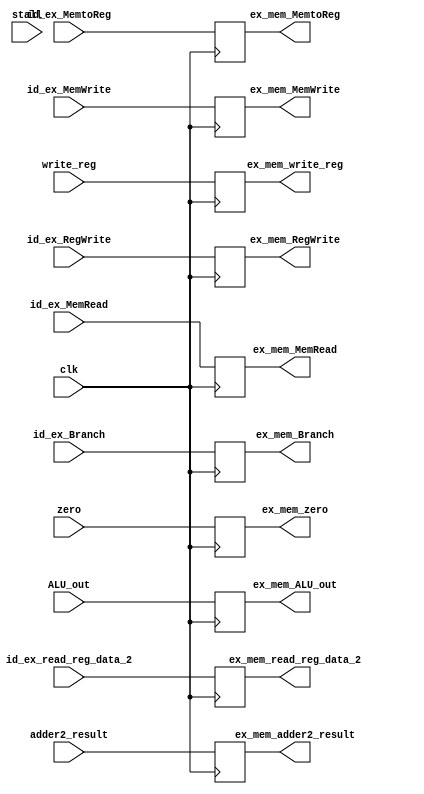
`timescale 1ns / 1ps

module EX_MEM(
	input id_ex_Branch, id_ex_MemRead, id_ex_MemWrite, id_ex_RegWrite, id_ex_MemtoReg, clk, zero,
	input [31:0] id_ex_read_reg_data_2, ALU_out, adder2_result,
	input [4:0] write_reg,
	output reg ex_mem_Branch, ex_mem_MemRead, ex_mem_MemWrite, ex_mem_RegWrite, ex_mem_MemtoReg, ex_mem_zero,
	output reg [31:0] ex_mem_read_reg_data_2, ex_mem_ALU_out, ex_mem_adder2_result,
	output reg [4:0] ex_mem_write_reg,
	input stall
	);
	
	
	always@ (negedge clk) begin

            ex_mem_Branch <= id_ex_Branch;
            ex_mem_MemRead <= id_ex_MemRead;
            ex_mem_MemWrite <= id_ex_MemWrite;
            ex_mem_RegWrite <= id_ex_RegWrite;
            ex_mem_MemtoReg <= id_ex_MemtoReg;
            ex_mem_zero <= zero;
	       	ex_mem_write_reg <= write_reg;
            ex_mem_read_reg_data_2 <= id_ex_read_reg_data_2;
            ex_mem_ALU_out <= ALU_out;
            ex_mem_adder2_result <= adder2_result;

	end
	
endmodule